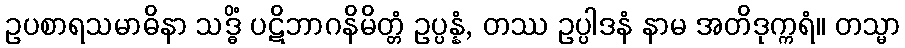
ဥပစာရသမာဓိနာ သဒ္ဓိံ ပဋိဘာဂနိမိတ္တံ ဥပ္ပန္နံ, တဿ ဥပ္ပါဒနံ နာမ အတိဒုက္ကရံ။ တသ္မာ